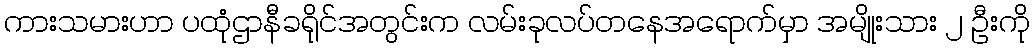
ကားသမားဟာ ပထုံဌာနီခရိုင်အတွင်းက လမ်းခုလပ်တနေအရောက်မှာ အမျိုးသား ၂ ဦးကို